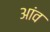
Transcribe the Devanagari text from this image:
अांव